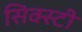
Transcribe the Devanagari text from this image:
सिक्स्टी